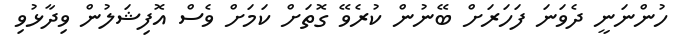
ހުންނަނީ ދެވަނަ ފަހަރަށް ބޭނުން ކުރެވޭ ގޮތަށް ކަމަށް ވެސް އޮފިޝަލުން ވިދާޅުވި